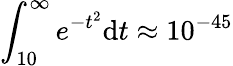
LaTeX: \int_{10}^{\infty}e^{-t^{2}}\mathrm{d}t\approx 10^{-45}